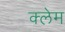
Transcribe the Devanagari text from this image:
क्‍लेम